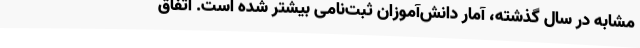
مشابه در سال گذشته، آمار دانش‌آموزان ثبت‌نامی بیشتر شده است. اتفاق